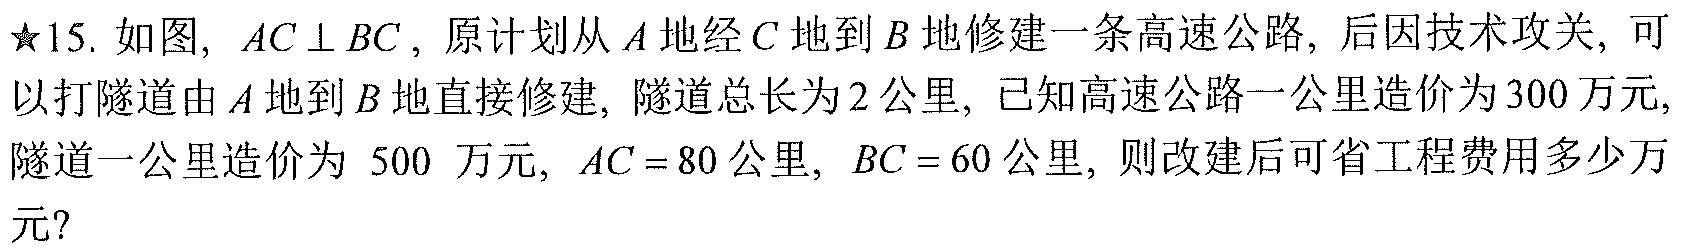
★15. 如图, $AC\perp BC$, 原计划从$A$地经$C$地到$B$地修建一条高速公路, 后因技术攻关, 可以打隧道由$A$地到$B$地直接修建, 隧道总长为2公里, 已知高速公路一公里造价为300万元, 隧道一公里造价为 $500$ 万元, $AC = 80$公里, $BC = 60$公里, 则改建后可省工程费用多少万元?